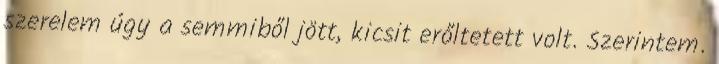
szerelem úgy a semmiből jött, kicsit erőltetett volt. Szerintem.